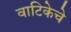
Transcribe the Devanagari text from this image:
वाटिकेचे